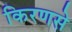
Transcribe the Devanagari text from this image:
किरणसे